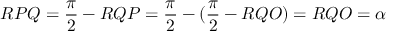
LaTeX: R P Q = { \frac { \pi } { 2 } } - R Q P = { \frac { \pi } { 2 } } - ( { \frac { \pi } { 2 } } - R Q O ) = R Q O = \alpha